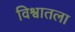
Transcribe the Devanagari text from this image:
विश्वातला